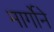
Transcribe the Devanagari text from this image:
मार्गोने